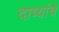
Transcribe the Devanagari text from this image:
दाव्यांचे